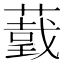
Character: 𦼺